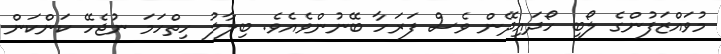
މުވައްޒަފުންގެ ލޯބި ހޯދައިދޭން ވެސް ފަރަހާ ބޭނުންވެއެވެ. ބިލާލު ހިތްހަމަ ނުޖެހޭ ކަންކަން